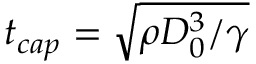
t _ { c a p } = \sqrt { { \rho D _ { 0 } ^ { 3 } } / { \gamma } }